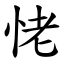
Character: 恅